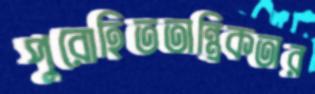
পুরোহিততান্ত্রিকতার